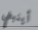
أينبغي